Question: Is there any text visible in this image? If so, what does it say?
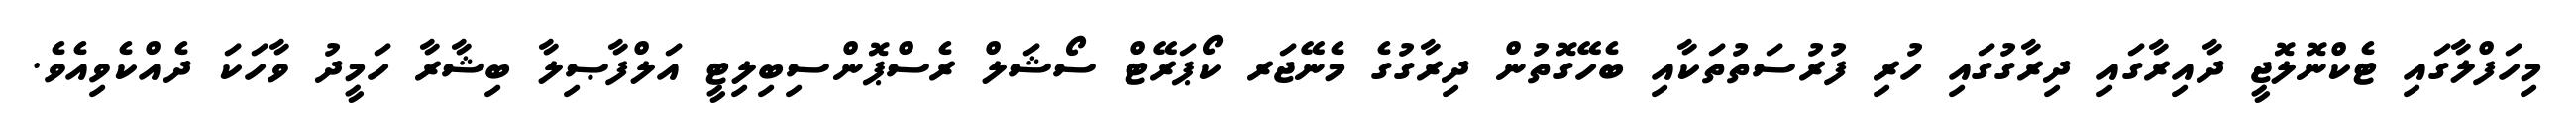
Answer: މިހަފްލާގައި ޓެކްނޮލޮޖީ ދާއިރާގައި ދިރާގުގައި ހުރި ފުރުސަތުތަކާއި ބެހޭގޮތުން ދިރާގުގެ މެނޭޖަރ ކޯޕަރޭޓް ސޯޝަލް ރެސްޕޮންސިބިލިޓީ އަލްފާޞިލާ ބިޝާރާ ހަމީދު ވާހަކަ ދެއްކެވިއެވެ.